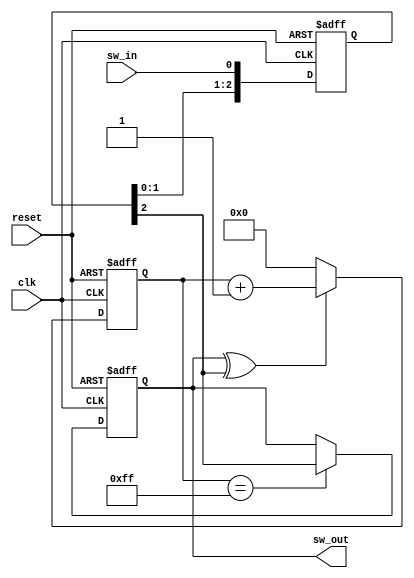
module sync_and_debounce_one
# (
    parameter depth = 8
)
(   
    input      clk,
    input      reset,
    input      sw_in,
    output reg sw_out
);

    reg  [depth - 1:0] cnt;
    reg  [        2:0] sync;  // 3 registers for synchronization
    wire               sw_in_s;

    assign sw_in_s = sync [2];

    always @ (posedge clk or posedge reset)
        if (reset)
            sync <= 3'b0;
        else
            sync <= { sync [1:0], sw_in }; // shift register, in which comes current sw_in's value
				                               // if its' value gets into sync[2] bit, it means it's not a noise


    // counter of button pressings
    always @ (posedge clk or posedge reset)
        if (reset)
            cnt <= { depth { 1'b0 } };
        else if (sw_out ^ sw_in_s)
            cnt <= cnt + 1'b1;
        else
            cnt <= { depth { 1'b0 } };

    always @ (posedge clk or posedge reset)
        if (reset)
            sw_out <= 1'b0;
        else if (cnt == { depth { 1'b1 } })  // if counter is equal to 255 pressings, button is pressed (debounce)
            sw_out <= sw_in_s;

endmodule